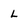
Character: L